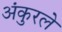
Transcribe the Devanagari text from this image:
अंकुरले